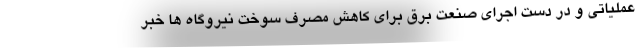
عملیاتی و در دست اجرای صنعت برق برای کاهش مصرف سوخت نیروگاه ها خبر